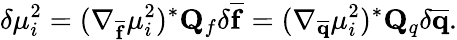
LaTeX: \delta\mu_{i}^{2}=(\nabla_{\mathbf{\overline{{f}}}}\mu_{i}^{2})^{*}\mathbf{Q}_{f}\delta\mathbf{\overline{{f}}}=(\nabla_{\mathbf{\overline{{q}}}}\mu_{i}^{2})^{*}\mathbf{Q}_{q}\delta\mathbf{\overline{{q}}}.